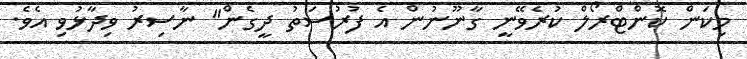
މިކަން ކޮންޓްރޯލް ކުރެވޭނީ ގާނޫނުން އެ ފުރުސަތު ދީގެން" ނާސިރު ވިދާޅުވި އެވެ.